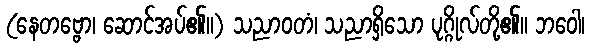
(နေတဗ္ဗော၊ ဆောင်အပ်၏။) သညာဝတံ၊ သညာရှိသော ပုဂ္ဂိုလ်တို့၏။ ဘဝေါ၊